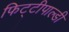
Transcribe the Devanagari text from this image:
फिट्टीपाल्डी